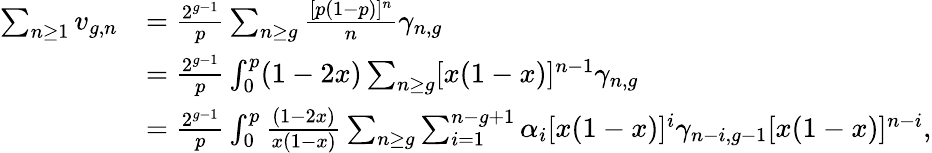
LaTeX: \begin{array}{rl}{\sum_{n\geq 1}v_{g,n}}&{=\frac{2^{g-1}}{p}\sum_{n\geq g}\frac{[p(1-p)]^{n}}{n}\gamma_{n,g}}\\ &{=\frac{2^{g-1}}{p}\int_{0}^{p}(1-2x)\sum_{n\geq g}[x(1-x)]^{n-1}\gamma_{n,g}}\\ &{=\frac{2^{g-1}}{p}\int_{0}^{p}\frac{(1-2x)}{x(1-x)}\sum_{n\geq g}\sum_{i=1}^{n-g+1}\alpha_{i}[x(1-x)]^{i}\gamma_{n-i,g-1}[x(1-x)]^{n-i},}\end{array}